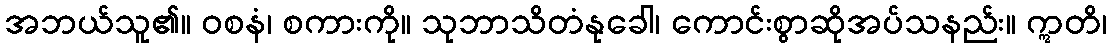
အဘယ်သူ၏။ ဝစနံ၊ စကားကို။ သုဘာသိတံနုခေါ၊ ကောင်းစွာဆိုအပ်သနည်း။ ဣတိ၊